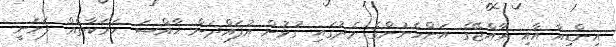
އިންޑިއާ އާއި ރާއްޖޭގެ އަންހެނުންގެ މެދުގައި ގުޅުން އުފައްދަން ޚާއްޞަ ހަރަކާތެއް ފަށަނީ